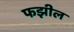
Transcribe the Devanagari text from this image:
फझील